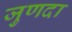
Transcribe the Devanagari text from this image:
जुणदा